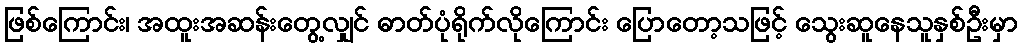
ဖြစ်ကြောင်း၊ အထူးအဆန်းတွေ့လျှင် ဓာတ်ပုံရိုက်လိုကြောင်း ပြောတော့သဖြင့် သွေးဆူနေသူနှစ်ဦးမှာ